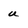
Character: u